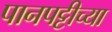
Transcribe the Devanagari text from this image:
पानपट्टीच्या